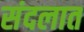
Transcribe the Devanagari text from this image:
संदलात